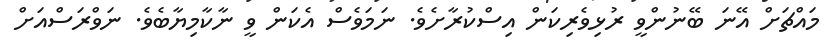
މައްޗަށް އޭނަ ބޭނުންވީ ރުޅިވެރިކަން އިސްކުރާށެވެ. ނަމަވެސް އެކަން ވީ ނާކާމިޔާބެވެ. ނަވްރަސްއަށް